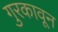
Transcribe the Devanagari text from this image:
गुरकावून